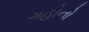
ગહોનો